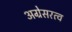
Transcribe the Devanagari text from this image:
अग्रेसरत्व